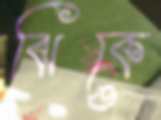
ঝিকে